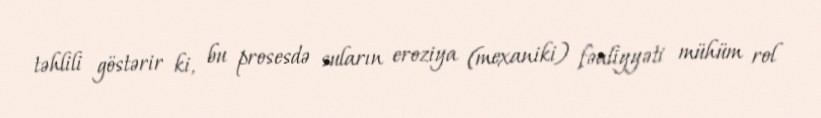
təhlili göstərir ki, bu prosesdə suların eroziya (mexaniki) fəaliyyəti mühüm rol